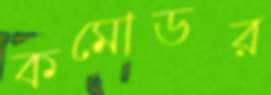
কমোডর